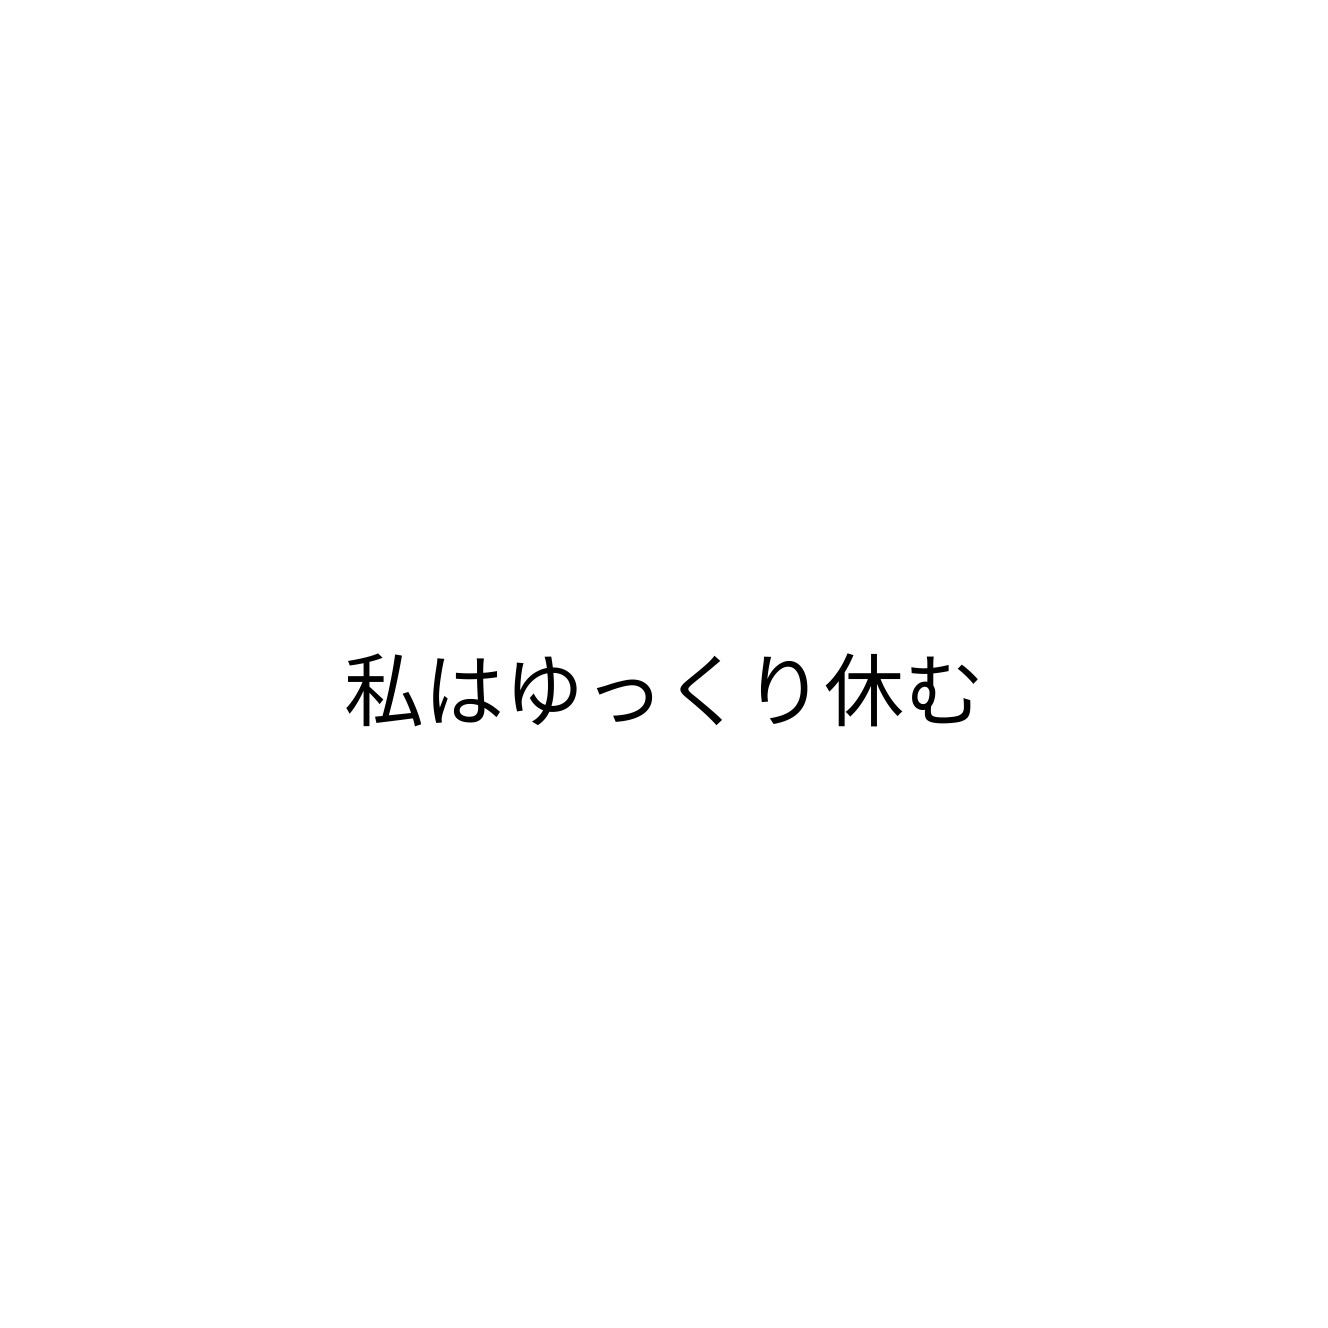
私はゆっくり休む